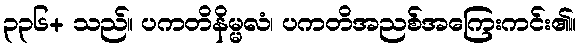
၃၃၆+ သည်။ ပကတိနိမ္မလံ၊ ပကတိအညစ်အကြေးကင်း၏။